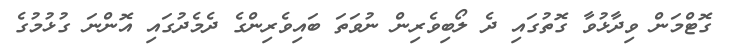
ގޮޓްމަން ވިދާޅުވާ ގޮތުގައި ދެ ލޯބިވެރިން ނުވަތަ ބައިވެރިންގެ ދެމެދުގައި އޮންނަ ގުޅުމުގެ